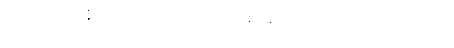
သင်္ခါဒိတွာ အဇ္ဈောဟရာမိ, ဘဂဝတော သာသနံ မနသိကရေယျံ, ဗဟုံ ဝတ မေ ကတံ